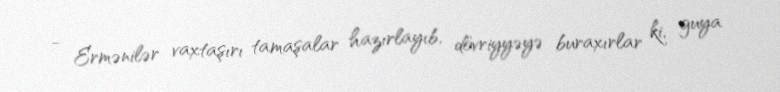
- Ermənilər vaxtaşırı tamaşalar hazırlayıb, dövriyyəyə buraxırlar ki, guya